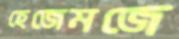
হেজেমজে